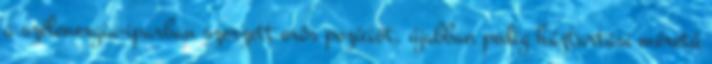
a szélenergia-iparban szerzett erôs pozíciót, újabban pedig háztartási méretû